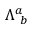
\Lambda _ { ~ b } ^ { a }